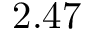
2 . 4 7